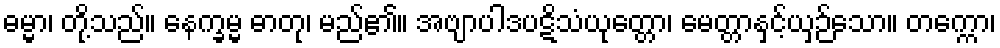
ဓမ္မာ၊ တို့သည်။ နေက္ခမ္မ ဓာတု၊ မည်၏။ အဗျာပါဒပဋိသံယုတ္တော၊ မေတ္တာနှင့်ယှဉ်သော။ တက္ကော၊